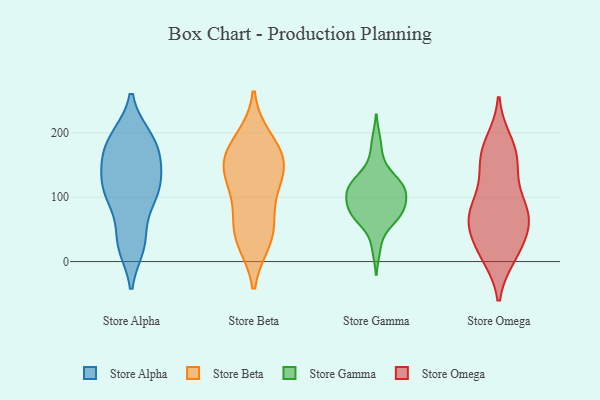
{"axis": {"x": "Churn Rate (%)", "y": "Value"}, "legend": ["Store Alpha", "Store Beta", "Store Gamma", "Store Omega"], "data": [{"x": "", "y": 134, "type": "Store Alpha"}, {"x": "", "y": 95, "type": "Store Alpha"}, {"x": "", "y": 160, "type": "Store Alpha"}, {"x": "", "y": 194, "type": "Store Alpha"}, {"x": "", "y": 192, "type": "Store Alpha"}, {"x": "", "y": 113, "type": "Store Alpha"}, {"x": "", "y": 33, "type": "Store Alpha"}, {"x": "", "y": 24, "type": "Store Alpha"}, {"x": "", "y": 162, "type": "Store Alpha"}, {"x": "", "y": 104, "type": "Store Alpha"}, {"x": "", "y": 147, "type": "Store Beta"}, {"x": "", "y": 92, "type": "Store Beta"}, {"x": "", "y": 169, "type": "Store Beta"}, {"x": "", "y": 43, "type": "Store Beta"}, {"x": "", "y": 163, "type": "Store Beta"}, {"x": "", "y": 139, "type": "Store Beta"}, {"x": "", "y": 48, "type": "Store Beta"}, {"x": "", "y": 127, "type": "Store Beta"}, {"x": "", "y": 34, "type": "Store Beta"}, {"x": "", "y": 188, "type": "Store Beta"}, {"x": "", "y": 188, "type": "Store Gamma"}, {"x": "", "y": 80, "type": "Store Gamma"}, {"x": "", "y": 130, "type": "Store Gamma"}, {"x": "", "y": 126, "type": "Store Gamma"}, {"x": "", "y": 72, "type": "Store Gamma"}, {"x": "", "y": 111, "type": "Store Gamma"}, {"x": "", "y": 74, "type": "Store Gamma"}, {"x": "", "y": 61, "type": "Store Gamma"}, {"x": "", "y": 120, "type": "Store Gamma"}, {"x": "", "y": 20, "type": "Store Gamma"}, {"x": "", "y": 89, "type": "Store Gamma"}, {"x": "", "y": 114, "type": "Store Gamma"}, {"x": "", "y": 63, "type": "Store Gamma"}, {"x": "", "y": 115, "type": "Store Gamma"}, {"x": "", "y": 105, "type": "Store Gamma"}, {"x": "", "y": 97, "type": "Store Gamma"}, {"x": "", "y": 157, "type": "Store Gamma"}, {"x": "", "y": 84, "type": "Store Gamma"}, {"x": "", "y": 163, "type": "Store Omega"}, {"x": "", "y": 174, "type": "Store Omega"}, {"x": "", "y": 185, "type": "Store Omega"}, {"x": "", "y": 86, "type": "Store Omega"}, {"x": "", "y": 70, "type": "Store Omega"}, {"x": "", "y": 61, "type": "Store Omega"}, {"x": "", "y": 18, "type": "Store Omega"}, {"x": "", "y": 26, "type": "Store Omega"}, {"x": "", "y": 11, "type": "Store Omega"}, {"x": "", "y": 160, "type": "Store Omega"}, {"x": "", "y": 142, "type": "Store Omega"}, {"x": "", "y": 58, "type": "Store Omega"}, {"x": "", "y": 75, "type": "Store Omega"}, {"x": "", "y": 116, "type": "Store Omega"}, {"x": "", "y": 10, "type": "Store Omega"}, {"x": "", "y": 74, "type": "Store Omega"}, {"x": "", "y": 69, "type": "Store Omega"}]}